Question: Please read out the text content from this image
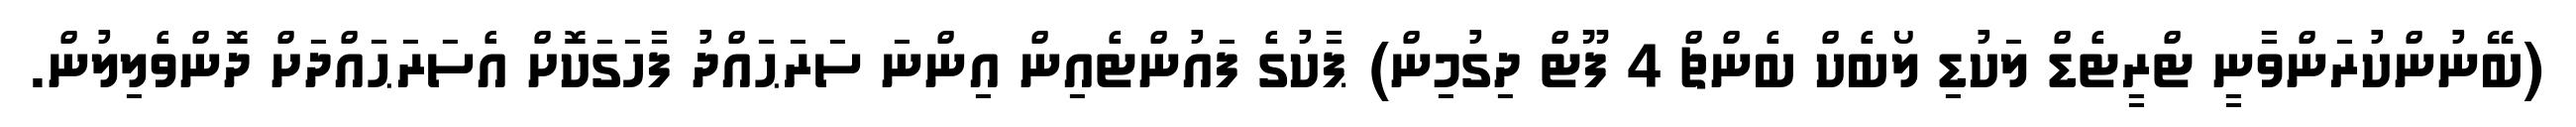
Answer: (ބޭނުންކުރަންވާނީ ޓްރީޓެޑް ލަކުޑި ލޯބެކް ބެންޗް 4 ފޫޓް ދިގުމިން) ޕާކުގެ ފައުންޓެއިން އިންނަ ސަރަޙައްދު ފާހަގަކޮށް އެސަރަޙައްދަށް ދޮންވެލިލުން.